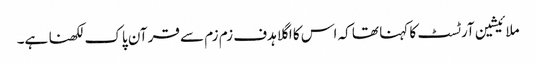
ملائیشین آرٹسٹ کا کہنا تھا کہ اس کا اگلا ہدف زم زم سے قرآن پاک لکھنا ہے۔